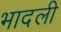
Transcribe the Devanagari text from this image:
भादली